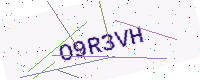
Text: O9R3VH